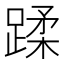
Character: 蹂